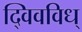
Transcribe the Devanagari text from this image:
द्विवविध्